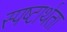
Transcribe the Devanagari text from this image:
स्पष्टार्थता